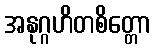
အနုဂ္ဂဟိတစိတ္တော